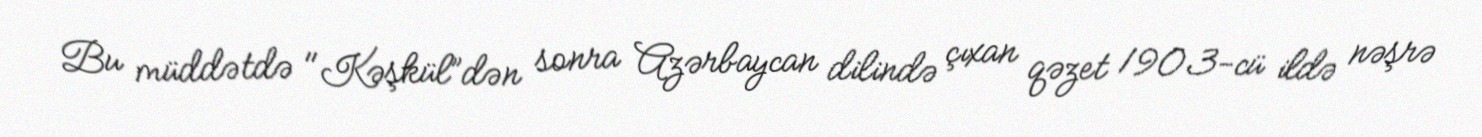
Bu müddətdə "Kəşkül”dən sonra Azərbaycan dilində çıxan qəzet 1903-cü ildə nəşrə